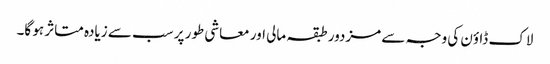
لاک ڈاؤن کی وجہ سے مزدور طبقہ مالی اور معاشی طور پر سب سے زیادہ متاثر ہو گا۔